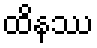
ထိနဿ